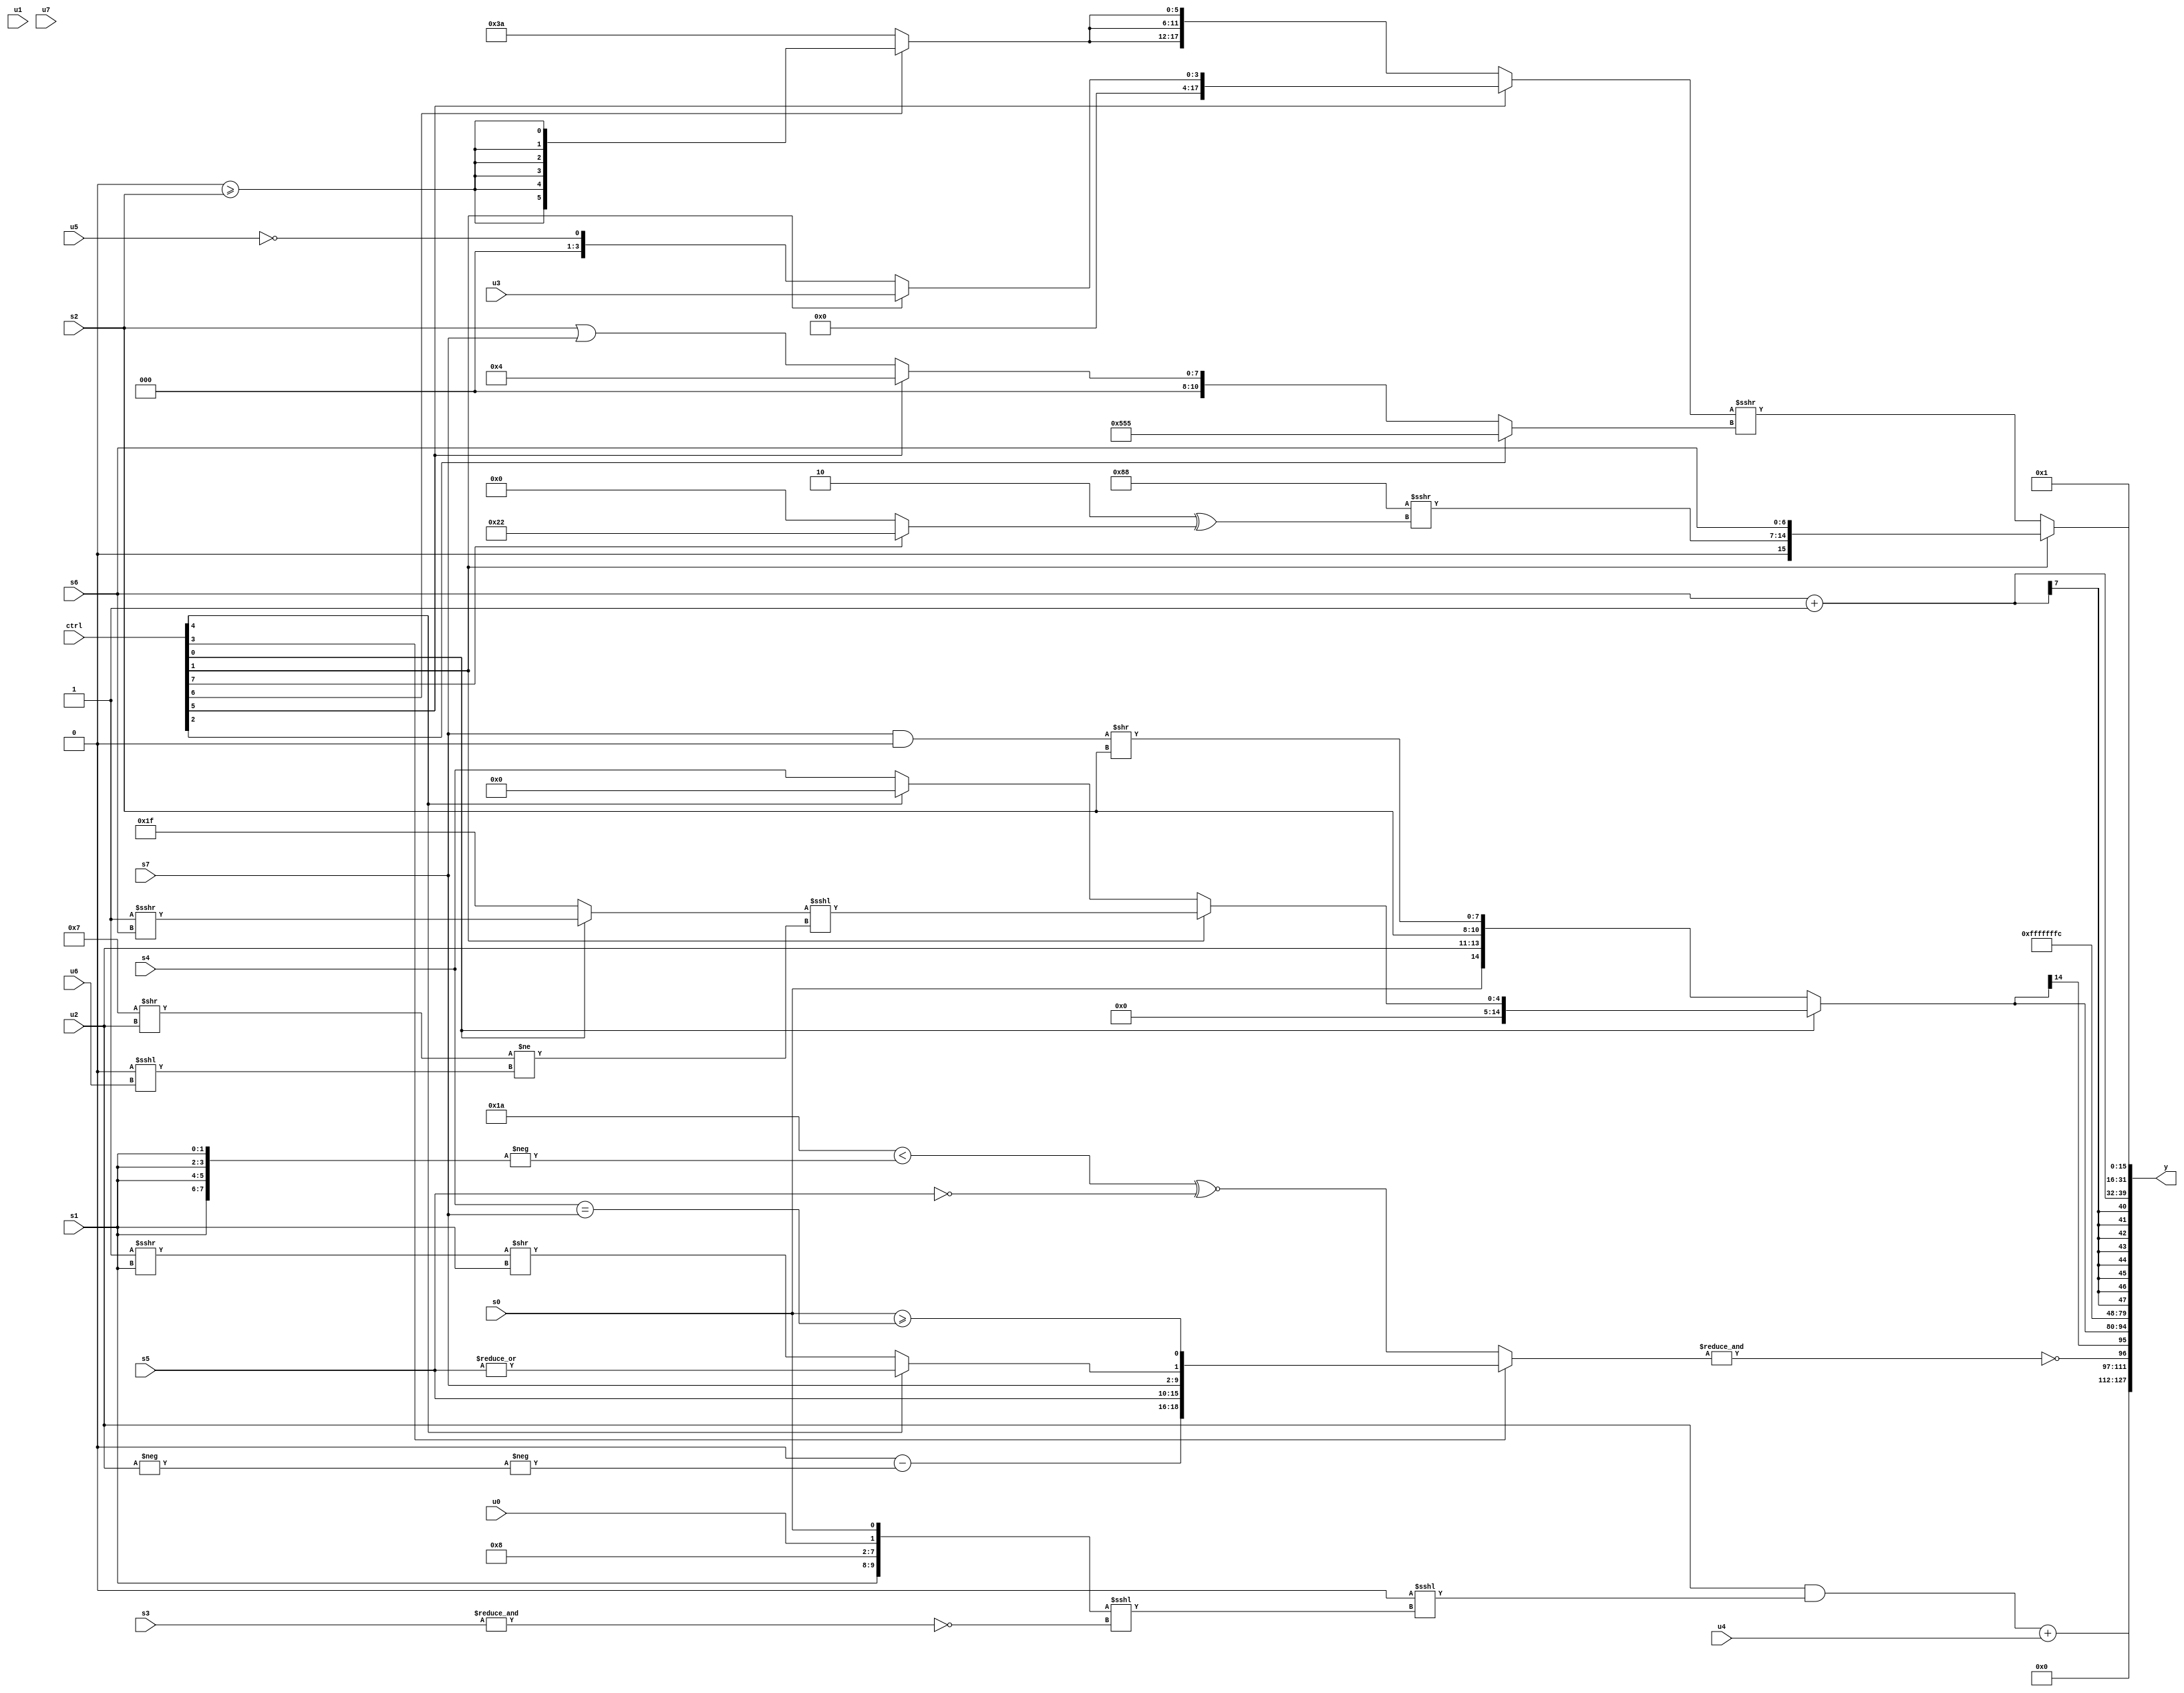
module wideexpr_00905(ctrl, u0, u1, u2, u3, u4, u5, u6, u7, s0, s1, s2, s3, s4, s5, s6, s7, y);
  input [7:0] ctrl;
  input [0:0] u0;
  input [1:0] u1;
  input [2:0] u2;
  input [3:0] u3;
  input [4:0] u4;
  input [5:0] u5;
  input [6:0] u6;
  input [7:0] u7;
  input signed [0:0] s0;
  input signed [1:0] s1;
  input signed [2:0] s2;
  input signed [3:0] s3;
  input signed [4:0] s4;
  input signed [5:0] s5;
  input signed [6:0] s6;
  input signed [7:0] s7;
  output [127:0] y;
  wire [15:0] y0;
  wire [15:0] y1;
  wire [15:0] y2;
  wire [15:0] y3;
  wire [15:0] y4;
  wire [15:0] y5;
  wire [15:0] y6;
  wire [15:0] y7;
  assign y = {y0,y1,y2,y3,y4,y5,y6,y7};
  assign y0 = ((u2)&((($signed(3'sb011))==(+(6'sb110100)))<<<(({s1,6'sb001000,u0,s0})<<<(~&(s3)))))+(u4);
  assign y1 = ~&((ctrl[3]?{((2'sb00)>>>($unsigned(&(6'sb011110))))-(-(-(u2))),{s5,$signed(s7),(ctrl[4]?-(|(s5)):((1'sb1)>>>(s1))>>($signed(s1)))},(ctrl[3]?(s0)>=((s4)==(s7)):|((ctrl[4]?s6:(s5)^~(u5))))}:(ctrl[3]?~(s5):((6'sb011010)<(-({4{s1}})))^~(~($unsigned(s5))))));
  assign y2 = $signed((ctrl[0]?$unsigned((ctrl[1]?((ctrl[0]?((4'sb1110)>>>(5'sb00101))>>>(s6):$signed((3'sb000)<=(5'sb01001))))<<<(($signed((4'sb0111)>>(u2)))!=((3'sb000)<<<($signed(u6)))):(ctrl[4]?2'sb00:$signed(+((s4)<<<(2'b00)))))):{$unsigned(s0),u2,s2,((s7)&({1'b0}))>>(s2)}));
  assign y3 = 6'sb111111;
  assign y4 = 5'sb11100;
  assign y5 = (s6)+(2'sb11);
  assign y6 = 2'sb01;
  assign y7 = (ctrl[1]?{($unsigned({2{$signed(4'sb1000)}}))>>>((3'sb010)^((ctrl[7]?6'sb100010:-((3'b110)==(5'b10001))))),s6}:((ctrl[5]?(ctrl[1]?u3:($unsigned((u6)>>>(6'sb011101)))==(u5)):{3{(ctrl[6]?$signed((4'sb0000)>=(s2)):-(6'sb000110))}}))>>>((ctrl[2]?+({2{{3{2'sb01}}}}):+((ctrl[5]?$signed($signed(3'sb100)):(s2)|(s7))))));
endmodule